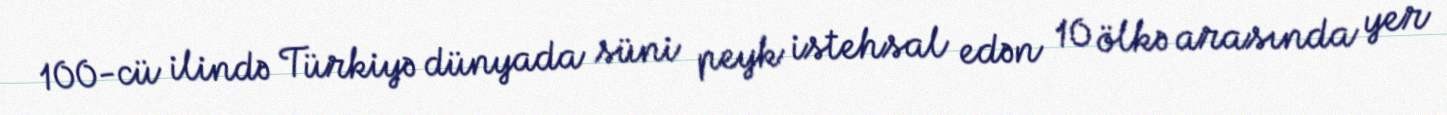
100-cü ilində Türkiyə dünyada süni peyk istehsal edən 10 ölkə arasında yer